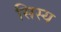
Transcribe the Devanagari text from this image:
सिस्य